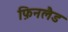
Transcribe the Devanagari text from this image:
फ़िनलैड